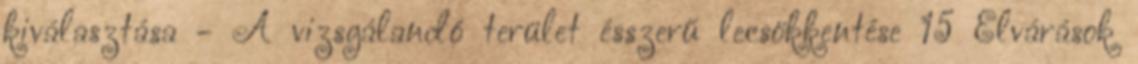
kiválasztása - A vizsgálandó terület ésszerű lecsökkentése 15 Elvárások